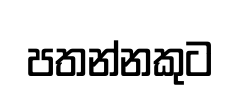
පතන්නකුට